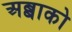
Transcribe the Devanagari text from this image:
अब्बाको